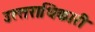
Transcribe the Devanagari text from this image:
उत्‍तराधिकारी